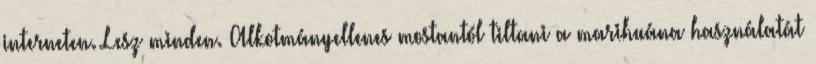
interneten. Lesz minden. Alkotmányellenes mostantól tiltani a marihuána használatát